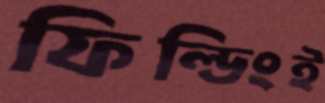
ফিল্ডিংই